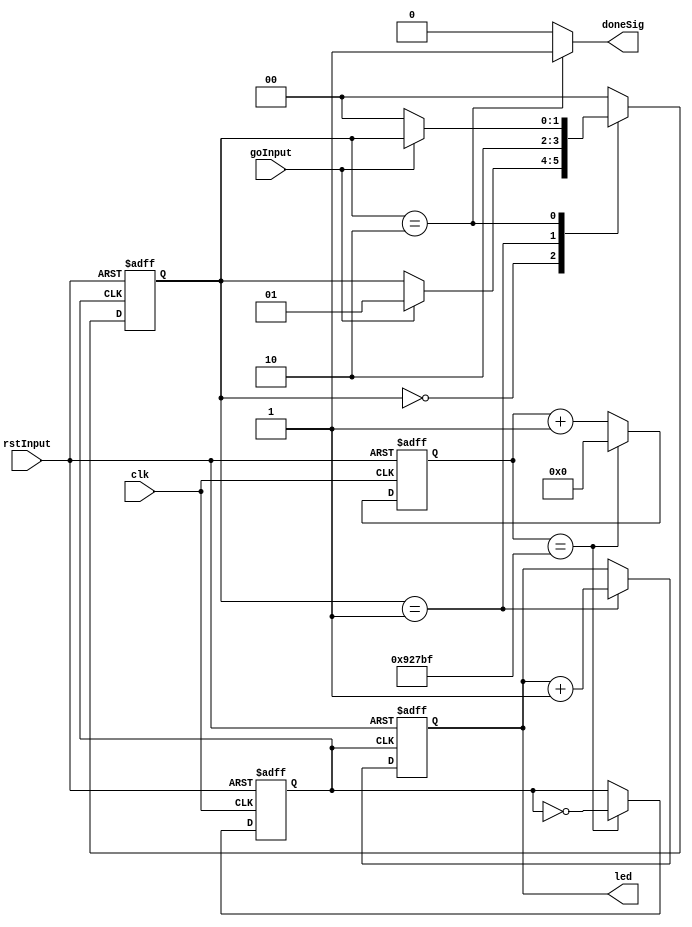
module state_machine_Moore #(
    parameter CLK_ITER_WIDTH = 20,
    parameter CLK_ITER_MAX   = 600000 - 1   //0.1Hz, factor of 2 from "clk_div <= ~clk_div"
)(
    input               clk,        //12MHz clock
    input               rstInput,
    input               goInput, 
    output  reg [3:0]   led,
    output  reg         doneSig
);
//////////////////////////////////////////////////////////////////////////////////////////////
    wire    rst;
    wire    go;
    assign  rst = rstInput;
    assign  go  = goInput;

    reg [1:0]   state;
    localparam  STATE_IDLE = 2'd0;
    localparam  STATE_PROC = 2'd1;
    localparam  STATE_DONE = 2'd2;

    reg                     clk_div;
    reg [CLK_ITER_WIDTH:0]  clk_iter;
//////////////////////////////////////////////////////////////////////////////////////////////
//clock handling
    always @ (posedge rst or posedge clk) begin
        if (rst == 1'b1) begin
            clk_iter <= 20'b0;
            clk_div  <= 0;
        end else if (clk_iter == CLK_ITER_MAX) begin
            clk_iter <= 20'b0;
            clk_div  <= ~clk_div;
        end else begin 
            clk_iter <= clk_iter + 1'b1;
        end
    end
//state handling
    always @ (posedge rst or posedge clk_div) begin
        if (rst == 1'b1) begin
            state <= STATE_IDLE;
        end else begin
            case(state)
                STATE_IDLE: begin
                    if (go == 1'b1) begin
                        state <= STATE_PROC;
                    end
                end                
                STATE_PROC: state <= STATE_DONE;
                STATE_DONE: begin
                    if (go == 1'b0) begin
                        state <= STATE_IDLE;
                    end
                end
                default: state <= STATE_IDLE;
            endcase
        end 
    end
//LED handling
    always @ (posedge rst or posedge clk_div) begin
        if (rst == 1'b1) begin
            led <= 4'b0;
        // enough time to catch the following before state goes to STATE_DONE?
        // note that mixing led with blocking/unblocking will create problem when combining
        //rst/go input  
        end else if (state == STATE_PROC) begin
            led <= led + 1'b1; 
        end 
    end
    always @ ( * ) begin
        if (state == STATE_DONE) begin
            doneSig = 1'b1;                     //blocking assignment
        end else begin
            doneSig = 1'b0;                     //blocking assignment
        end
    end
endmodule
//////////////////////////////////////////////////////////////////////////////////////////////